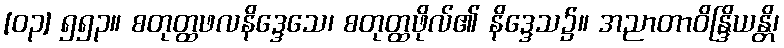
[၀၃] ၅၅၃။ စတုတ္ထဖလနိဒ္ဒေသေ၊ စတုတ္ထဖိုလ်၏ နိဒ္ဒေသ၌။ အညာတာဝိန္ဒြိယန္တိ၊